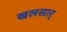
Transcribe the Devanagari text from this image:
खलसार्